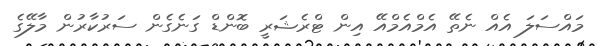
މައްސަލަ އެއް ނެތޭ އެމްއެމްއޭ އިން ޓްރެޝަރީ ބޮންޑް ގަނެގެން ސަރުކާރުން މާލޭގެ